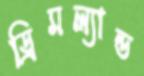
ড্রিমল্যান্ড